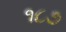
૧૮૭